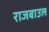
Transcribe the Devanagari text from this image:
राजबाउल